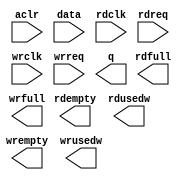
// This program was cloned from: https://github.com/cxdzyq1110/posture_recognition_CNN
// License: GNU General Public License v3.0

// megafunction wizard: %FIFO%VBB%
// GENERATION: STANDARD
// VERSION: WM1.0
// MODULE: dcfifo 

// ============================================================
// Megafunction Name(s):
// 			dcfifo
//
// Simulation Library Files(s):
// 			altera_mf
// ============================================================
// ************************************************************
// THIS IS A WIZARD-GENERATED FILE. DO NOT EDIT THIS FILE!
//
// 13.0.1 Build 232 06/12/2013 SP 1 SJ Full Version
// ************************************************************

//Copyright (C) 1991-2013 Altera Corporation
//Your use of Altera Corporation's design tools, logic functions 
//and other software and tools, and its AMPP partner logic 
//functions, and any output files from any of the foregoing 
//(including device programming or simulation files), and any 
//associated documentation or information are expressly subject 
//to the terms and conditions of the Altera Program License 
//Subscription Agreement, Altera MegaCore Function License 
//Agreement, or other applicable license agreement, including, 
//without limitation, that your use is for the sole purpose of 
//programming logic devices manufactured by Altera and sold by 
//Altera or its authorized distributors.  Please refer to the 
//applicable agreement for further details.

module alt_fifo_32b_8w (
	aclr,
	data,
	rdclk,
	rdreq,
	wrclk,
	wrreq,
	q,
	rdempty,
	rdfull,
	rdusedw,
	wrempty,
	wrfull,
	wrusedw);

	input	  aclr;
	input	[31:0]  data;
	input	  rdclk;
	input	  rdreq;
	input	  wrclk;
	input	  wrreq;
	output	[31:0]  q;
	output	  rdempty;
	output	  rdfull;
	output	[2:0]  rdusedw;
	output	  wrempty;
	output	  wrfull;
	output	[2:0]  wrusedw;
`ifndef ALTERA_RESERVED_QIS
// synopsys translate_off
`endif
	tri0	  aclr;
`ifndef ALTERA_RESERVED_QIS
// synopsys translate_on
`endif

endmodule

// ============================================================
// CNX file retrieval info
// ============================================================
// Retrieval info: PRIVATE: AlmostEmpty NUMERIC "0"
// Retrieval info: PRIVATE: AlmostEmptyThr NUMERIC "-1"
// Retrieval info: PRIVATE: AlmostFull NUMERIC "0"
// Retrieval info: PRIVATE: AlmostFullThr NUMERIC "-1"
// Retrieval info: PRIVATE: CLOCKS_ARE_SYNCHRONIZED NUMERIC "0"
// Retrieval info: PRIVATE: Clock NUMERIC "4"
// Retrieval info: PRIVATE: Depth NUMERIC "8"
// Retrieval info: PRIVATE: Empty NUMERIC "1"
// Retrieval info: PRIVATE: Full NUMERIC "1"
// Retrieval info: PRIVATE: INTENDED_DEVICE_FAMILY STRING "Cyclone II"
// Retrieval info: PRIVATE: LE_BasedFIFO NUMERIC "0"
// Retrieval info: PRIVATE: LegacyRREQ NUMERIC "0"
// Retrieval info: PRIVATE: MAX_DEPTH_BY_9 NUMERIC "0"
// Retrieval info: PRIVATE: OVERFLOW_CHECKING NUMERIC "0"
// Retrieval info: PRIVATE: Optimize NUMERIC "0"
// Retrieval info: PRIVATE: RAM_BLOCK_TYPE NUMERIC "0"
// Retrieval info: PRIVATE: SYNTH_WRAPPER_GEN_POSTFIX STRING "0"
// Retrieval info: PRIVATE: UNDERFLOW_CHECKING NUMERIC "0"
// Retrieval info: PRIVATE: UsedW NUMERIC "1"
// Retrieval info: PRIVATE: Width NUMERIC "32"
// Retrieval info: PRIVATE: dc_aclr NUMERIC "1"
// Retrieval info: PRIVATE: diff_widths NUMERIC "0"
// Retrieval info: PRIVATE: msb_usedw NUMERIC "0"
// Retrieval info: PRIVATE: output_width NUMERIC "32"
// Retrieval info: PRIVATE: rsEmpty NUMERIC "1"
// Retrieval info: PRIVATE: rsFull NUMERIC "1"
// Retrieval info: PRIVATE: rsUsedW NUMERIC "1"
// Retrieval info: PRIVATE: sc_aclr NUMERIC "0"
// Retrieval info: PRIVATE: sc_sclr NUMERIC "0"
// Retrieval info: PRIVATE: wsEmpty NUMERIC "1"
// Retrieval info: PRIVATE: wsFull NUMERIC "1"
// Retrieval info: PRIVATE: wsUsedW NUMERIC "1"
// Retrieval info: LIBRARY: altera_mf altera_mf.altera_mf_components.all
// Retrieval info: CONSTANT: INTENDED_DEVICE_FAMILY STRING "Cyclone II"
// Retrieval info: CONSTANT: LPM_NUMWORDS NUMERIC "8"
// Retrieval info: CONSTANT: LPM_SHOWAHEAD STRING "ON"
// Retrieval info: CONSTANT: LPM_TYPE STRING "dcfifo"
// Retrieval info: CONSTANT: LPM_WIDTH NUMERIC "32"
// Retrieval info: CONSTANT: LPM_WIDTHU NUMERIC "3"
// Retrieval info: CONSTANT: OVERFLOW_CHECKING STRING "ON"
// Retrieval info: CONSTANT: RDSYNC_DELAYPIPE NUMERIC "4"
// Retrieval info: CONSTANT: UNDERFLOW_CHECKING STRING "ON"
// Retrieval info: CONSTANT: USE_EAB STRING "ON"
// Retrieval info: CONSTANT: WRITE_ACLR_SYNCH STRING "OFF"
// Retrieval info: CONSTANT: WRSYNC_DELAYPIPE NUMERIC "4"
// Retrieval info: USED_PORT: aclr 0 0 0 0 INPUT GND "aclr"
// Retrieval info: USED_PORT: data 0 0 32 0 INPUT NODEFVAL "data[31..0]"
// Retrieval info: USED_PORT: q 0 0 32 0 OUTPUT NODEFVAL "q[31..0]"
// Retrieval info: USED_PORT: rdclk 0 0 0 0 INPUT NODEFVAL "rdclk"
// Retrieval info: USED_PORT: rdempty 0 0 0 0 OUTPUT NODEFVAL "rdempty"
// Retrieval info: USED_PORT: rdfull 0 0 0 0 OUTPUT NODEFVAL "rdfull"
// Retrieval info: USED_PORT: rdreq 0 0 0 0 INPUT NODEFVAL "rdreq"
// Retrieval info: USED_PORT: rdusedw 0 0 3 0 OUTPUT NODEFVAL "rdusedw[2..0]"
// Retrieval info: USED_PORT: wrclk 0 0 0 0 INPUT NODEFVAL "wrclk"
// Retrieval info: USED_PORT: wrempty 0 0 0 0 OUTPUT NODEFVAL "wrempty"
// Retrieval info: USED_PORT: wrfull 0 0 0 0 OUTPUT NODEFVAL "wrfull"
// Retrieval info: USED_PORT: wrreq 0 0 0 0 INPUT NODEFVAL "wrreq"
// Retrieval info: USED_PORT: wrusedw 0 0 3 0 OUTPUT NODEFVAL "wrusedw[2..0]"
// Retrieval info: CONNECT: @aclr 0 0 0 0 aclr 0 0 0 0
// Retrieval info: CONNECT: @data 0 0 32 0 data 0 0 32 0
// Retrieval info: CONNECT: @rdclk 0 0 0 0 rdclk 0 0 0 0
// Retrieval info: CONNECT: @rdreq 0 0 0 0 rdreq 0 0 0 0
// Retrieval info: CONNECT: @wrclk 0 0 0 0 wrclk 0 0 0 0
// Retrieval info: CONNECT: @wrreq 0 0 0 0 wrreq 0 0 0 0
// Retrieval info: CONNECT: q 0 0 32 0 @q 0 0 32 0
// Retrieval info: CONNECT: rdempty 0 0 0 0 @rdempty 0 0 0 0
// Retrieval info: CONNECT: rdfull 0 0 0 0 @rdfull 0 0 0 0
// Retrieval info: CONNECT: rdusedw 0 0 3 0 @rdusedw 0 0 3 0
// Retrieval info: CONNECT: wrempty 0 0 0 0 @wrempty 0 0 0 0
// Retrieval info: CONNECT: wrfull 0 0 0 0 @wrfull 0 0 0 0
// Retrieval info: CONNECT: wrusedw 0 0 3 0 @wrusedw 0 0 3 0
// Retrieval info: GEN_FILE: TYPE_NORMAL alt_fifo_32b_8w.v TRUE
// Retrieval info: GEN_FILE: TYPE_NORMAL alt_fifo_32b_8w.inc FALSE
// Retrieval info: GEN_FILE: TYPE_NORMAL alt_fifo_32b_8w.cmp FALSE
// Retrieval info: GEN_FILE: TYPE_NORMAL alt_fifo_32b_8w.bsf FALSE
// Retrieval info: GEN_FILE: TYPE_NORMAL alt_fifo_32b_8w_inst.v FALSE
// Retrieval info: GEN_FILE: TYPE_NORMAL alt_fifo_32b_8w_bb.v TRUE
// Retrieval info: LIB_FILE: altera_mf